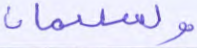
ولسليمان